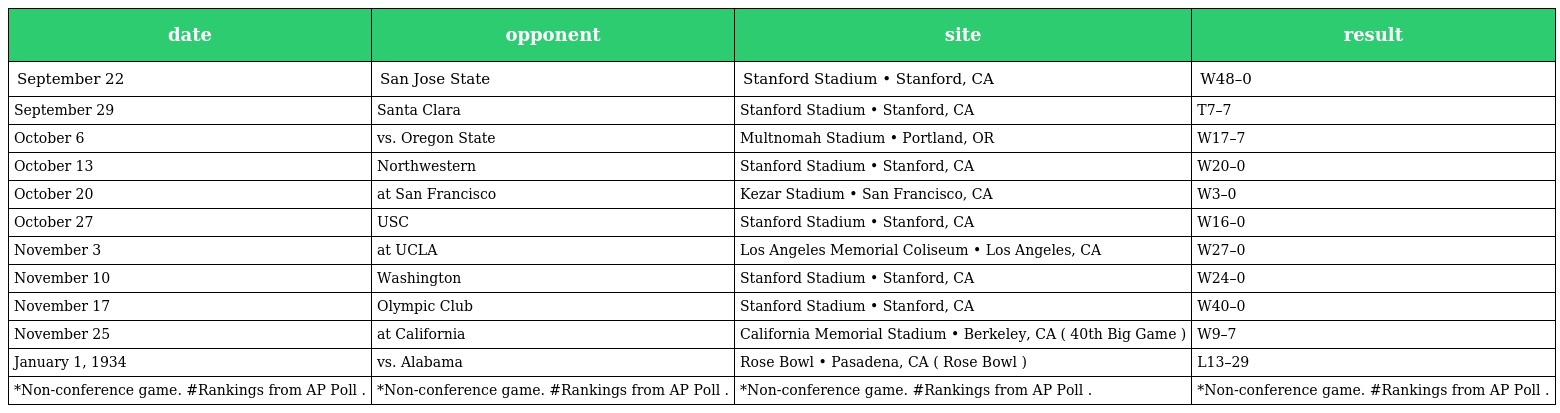
| date | opponent | site | result |
 | --- | --- | --- | --- |
 | September 22 | San Jose State | Stanford Stadium • Stanford, CA | W48–0 |
 | September 29 | Santa Clara | Stanford Stadium • Stanford, CA | T7–7 |
 | October 6 | vs. Oregon State | Multnomah Stadium • Portland, OR | W17–7 |
 | October 13 | Northwestern | Stanford Stadium • Stanford, CA | W20–0 |
 | October 20 | at San Francisco | Kezar Stadium • San Francisco, CA | W3–0 |
 | October 27 | USC | Stanford Stadium • Stanford, CA | W16–0 |
 | November 3 | at UCLA | Los Angeles Memorial Coliseum • Los Angeles, CA | W27–0 |
 | November 10 | Washington | Stanford Stadium • Stanford, CA | W24–0 |
 | November 17 | Olympic Club | Stanford Stadium • Stanford, CA | W40–0 |
 | November 25 | at California | California Memorial Stadium • Berkeley, CA ( 40th Big Game ) | W9–7 |
 | January 1, 1934 | vs. Alabama | Rose Bowl • Pasadena, CA ( Rose Bowl ) | L13–29 |
 | *Non-conference game. #Rankings from AP Poll . | *Non-conference game. #Rankings from AP Poll . | *Non-conference game. #Rankings from AP Poll . | *Non-conference game. #Rankings from AP Poll . |